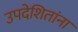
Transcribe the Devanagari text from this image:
उपदेशितांना